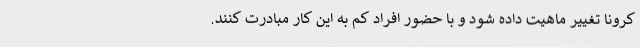
کرونا تغییر ماهیت داده شود و با حضور افراد کم به این کار مبادرت کنند.